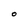
Character: O